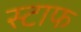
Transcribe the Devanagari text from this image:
स्टाफ